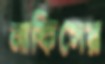
নাফিসের